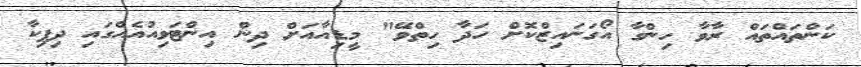
ކަންތައްތައް ރާވާ ހިންގާ އޯގަނައިޒްކޮށް ހަދާ ހިތްވޭ" މީޑިއާއަށް ދިން އިންޓަވިއުއެއްގައި ދިޕިކާ